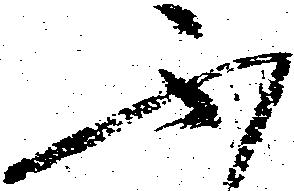
不